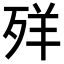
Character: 𦍙